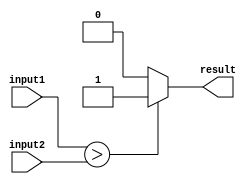
module GreaterThanComparator (
    input signed [7:0] input1, 
    input signed [7:0] input2, 
    output reg result
);

always @(*) begin
    if (input1 > input2) begin
        result = 1;
    end else begin
        result = 0;
    end
end

endmodule